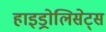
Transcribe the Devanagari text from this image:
हाइड्रोलिसेट्स